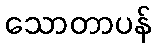
သောတာပန်